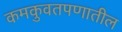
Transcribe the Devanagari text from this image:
कमकुवतपणातील